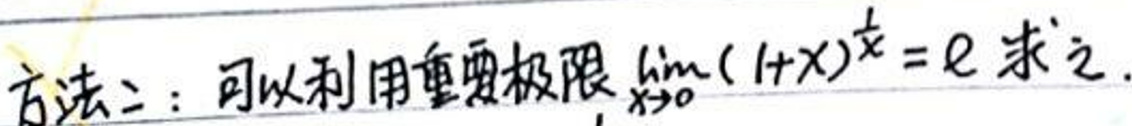
方法二：可以利用重要极限\(\lim_{x \to 0}(1+x)^{\frac{1}{x}}=e\)求之.